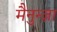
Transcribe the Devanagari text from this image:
मैनुन्ज़ा